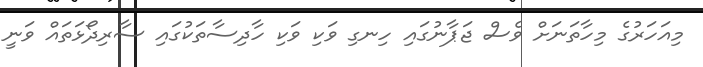
މިއަހަރުގެ މިހާތަނަށް ވެސް ޖަޕާނުގައި ހިނގި ވަކި ވަކި ހާދިސާތަކުގައި ސާރިދޯޅަތައް ވަނީ